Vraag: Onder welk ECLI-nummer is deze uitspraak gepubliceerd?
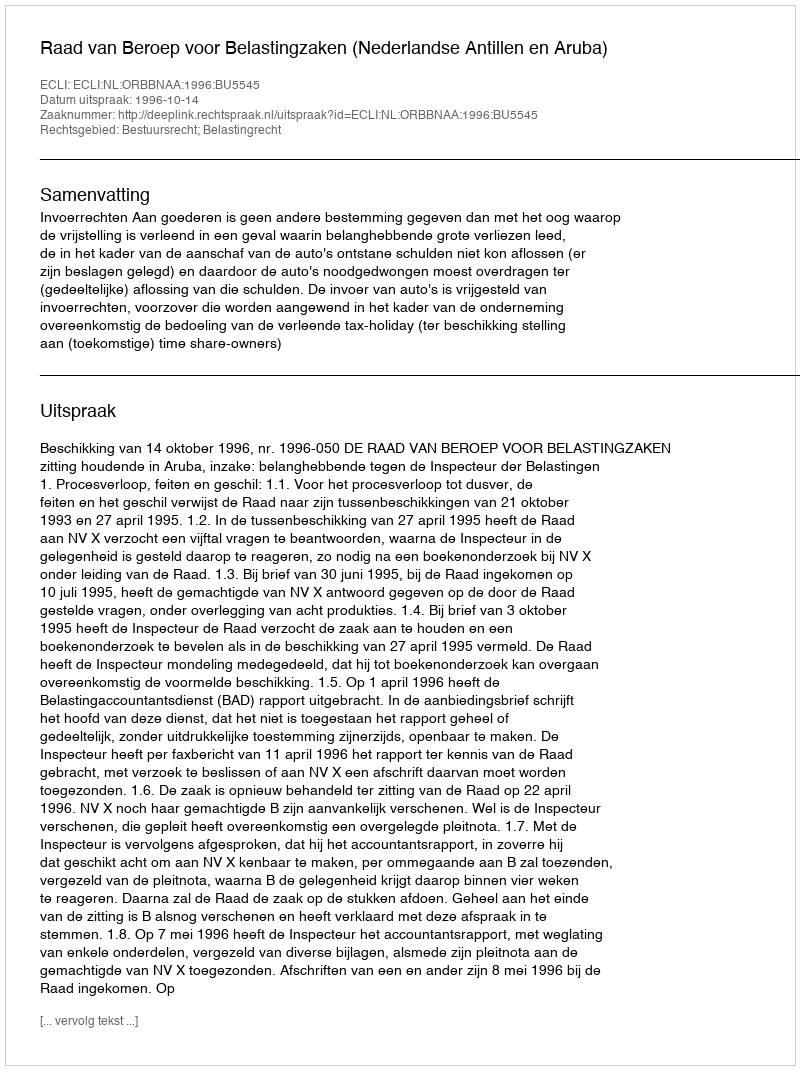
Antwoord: ECLI:NL:ORBBNAA:1996:BU5545